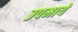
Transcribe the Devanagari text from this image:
उपमायें